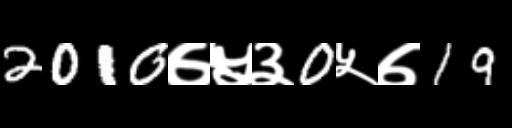
Text: 2010७५३0५७19